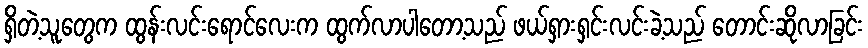
ရှိတဲ့သူတွေက ထွန်းလင်းရောင်လေးက ထွက်လာပါတော့သည် ဖယ်ရှားရှင်းလင်းခဲ့သည် တောင်းဆိုလာခြင်း